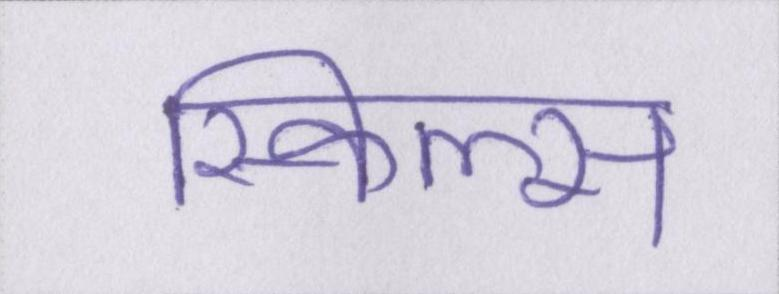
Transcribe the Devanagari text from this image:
स्किल्स